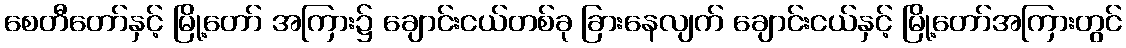
စေတီတော်နှင့် မြို့တော် အကြား၌ ချောင်းငယ်တစ်ခု ခြားနေလျက် ချောင်းငယ်နှင့် မြို့တော်အကြားတွင်